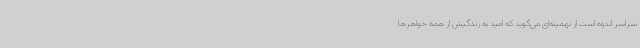
سراسر اندوه است از تهمینه‌ای می‌گوید که امید به زندگیش از همه خواهرها